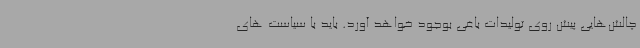
چالش‌هایی پیش روی تولیدات باغی بوجود خواهد آورد. باید با سیاست های